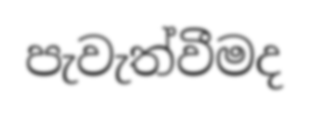
පැවැත්වීමද